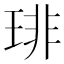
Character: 琲